Lunatic asylums Madras 1877-1891 - 1877-1891
Year: 1877
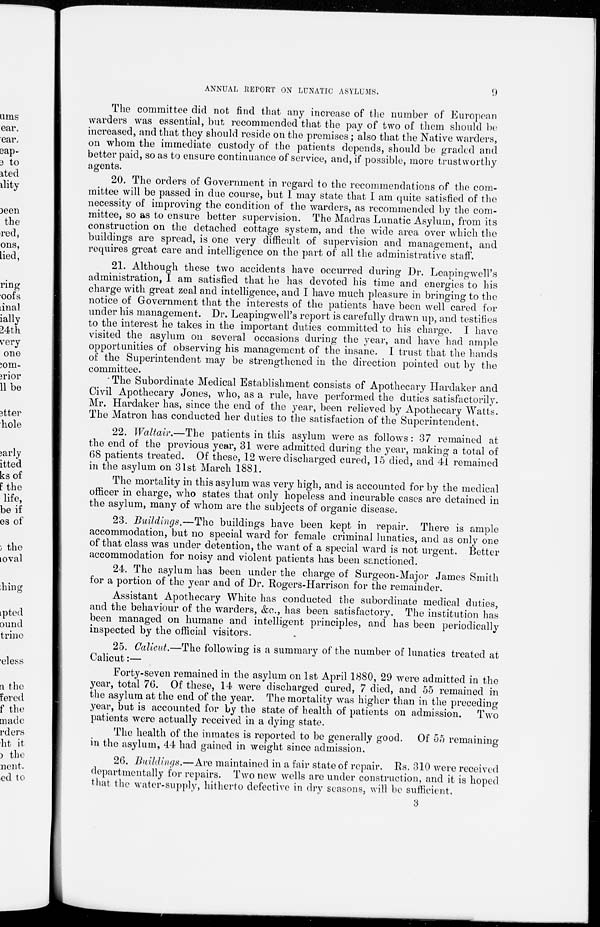
ANNUAL REPORT ON LUNATIC ASYLUMS.
9
The committee did not find that any increase of the number of European
warders was essential, but recommended that the pay of two of them should be
increased, and that they should reside on the premises; also that the Native warders,
on whom the immediate custody of the patients depends, should be graded and
better paid, so as to ensure continuance of service, and, if possible, more trustworthy
agents.
20. The orders of Government in regard to the recommendations of the com-
mittee will be passed in due course, but I may state that I am quite satisfied of the
necessity of improving the condition of the warders, as recommended by the com-
mittee, so as to ensure better supervision. The Madras Lunatic Asylum, from its
construction on the detached cottage system, and the wide area over which the
buildings are spread, is one very difficult of supervision and management, and
requires great care and intelligence on the part of all the administrative staff.
21. Although these two accidents have occurred during Dr. Leapingwell's
administration, I am satisfied that he has devoted his time and energies to his
charge with great zeal and intelligence, and I have much pleasure in bringing to the
notice of Government that the interests of the patients have been well cared for
under his management. Dr. Leapingwell's report is carefully drawn up, and testifies
to the interest he takes in the important duties committed to his charge. I have
visited the asylum on several occasions during the year, and have had ample
opportunities of observing his management of the insane. I trust that the hands
of the Superintendent may be strengthened in the direction pointed out by the
committee.
The Subordinate Medical Establishment consists of Apothecary Hardaker and
Civil Apothecary Jones, who, as a rule, have performed the duties satisfactorily.
Mr. Hardaker has, since the end of the year, been relieved by Apothecary Watts.
The Matron has conducted her duties to the satisfaction of the Superintendent.
22. Waltair.—The patients in this asylum were as follows: 37 remained at
the end of the previous year, 31 were admitted during the year, making a total of
68 patients treated. Of these, 12 were discharged cured, 15 died, and 41 remained
in the asylum on 31st March 1881.
The mortality in this asylum was very high, and is accounted for by the medical
officer in charge, who states that only hopeless and incurable cases are detained in
the asylum, many of whom are the subjects of organic disease.
23. Buildings.—The
buildings have been kept in repair. There is ample
accommodation, but no special ward for female criminal lunatics, and as only one
of that class was under detention, the want of a special ward is not urgent. Better
accommodation for noisy and violent patients has been sanctioned.
24. The asylum has been under the charge of Surgeon-Major James Smith
for a portion of the year and of Dr. Rogers-Harrison for the remainder.
Assistant Apothecary White has conducted the subordinate medical duties,
and the behaviour of the warders, &c, has been satisfactory. The institution has
been managed on humane and intelligent principles, and has been periodically
inspected by the official visitors.
25. Calicut.—The following is a summary of the number of lunatics treated at
Calicut:—
Forty-seven remained in the asylum on 1st April 1880, 29 were admitted in the
year, total 76. Of these, 14 were discharged cured, 7 died, and 55 remained in
the asylum at the end of the year. The mortality was higher than in the preceding
year, but is accounted for by the state of health of patients on admission.
Two
patients were actually received in a dying state.
The health of the inmates is reported to be generally good. Of 55 remaining
in the asylum, 44 had gained in weight since admission.
26. Buildings.—Are maintained in a fair state of repair. Rs. 310 were received
departmentally for repairs. Two new wells are under construction, and it is hoped
that the water-supply, hitherto defective in dry seasons, will be sufficient.
3